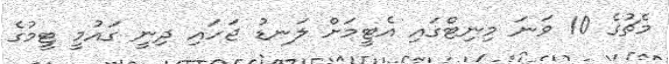
މެޗުގެ 10 ވަނަ މިނިޓްގައި އެޓީމަށް ލަނޑު ޖަހައި ދިނީ ގައުމީ ޓީމުގެ